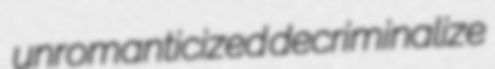
unromanticized decriminalize